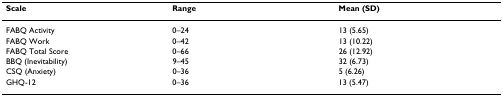
<table><thead><tr><td><b>Scale</b></td><td><b>Range</b></td><td><b>Mean (SD)</b></td></tr></thead><tbody><tr><td>FABQ Activity</td><td>0–24</td><td>13 (5.65)</td></tr><tr><td>FABQ Work</td><td>0–42</td><td>13 (10.22)</td></tr><tr><td>FABQ Total Score</td><td>0–66</td><td>26 (12.92)</td></tr><tr><td>BBQ (Inevitability)</td><td>9–45</td><td>32 (6.73)</td></tr><tr><td>CSQ (Anxiety)</td><td>0–36</td><td>5 (6.26)</td></tr><tr><td>GHQ-12</td><td>0–36</td><td>13 (5.47)</td></tr></tbody></table>